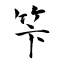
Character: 笇